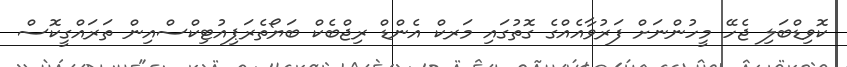
ކޮވިޑްބަލި ޖެހޭ މީހުންނަށް ފަރުވާއެއްގެ ގޮތުގައި މަރކް އެންޑް ރިޖްބެކް ބަޔޯތެރަޕިއުޓިކްސްއިން ތަރައްގީކޮސް